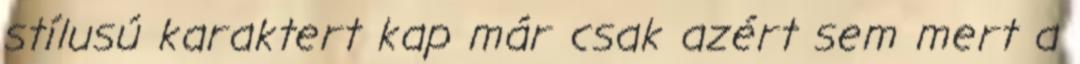
stílusú karaktert kap már csak azért sem mert a